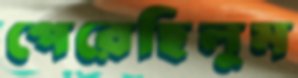
পেরেছিলুম